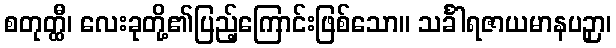
စတုတ္ထီ၊ လေးခုတို့၏ပြည့်ကြောင်းဖြစ်သော။ သင်္ခါရဇာယမာနပဉှာ၊